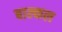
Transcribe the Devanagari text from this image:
बाल्कल